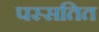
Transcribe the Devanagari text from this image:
पस्सतित